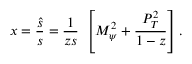
x = \frac { \hat { s } } { s } = { \frac { 1 } { z s } } ~ \left[ M _ { \psi } ^ { 2 } + { \frac { P _ { T } ^ { 2 } } { 1 - z } } \right] .